Annual report on the working of the lock hospitals in the North-Western Provinces and Oudh
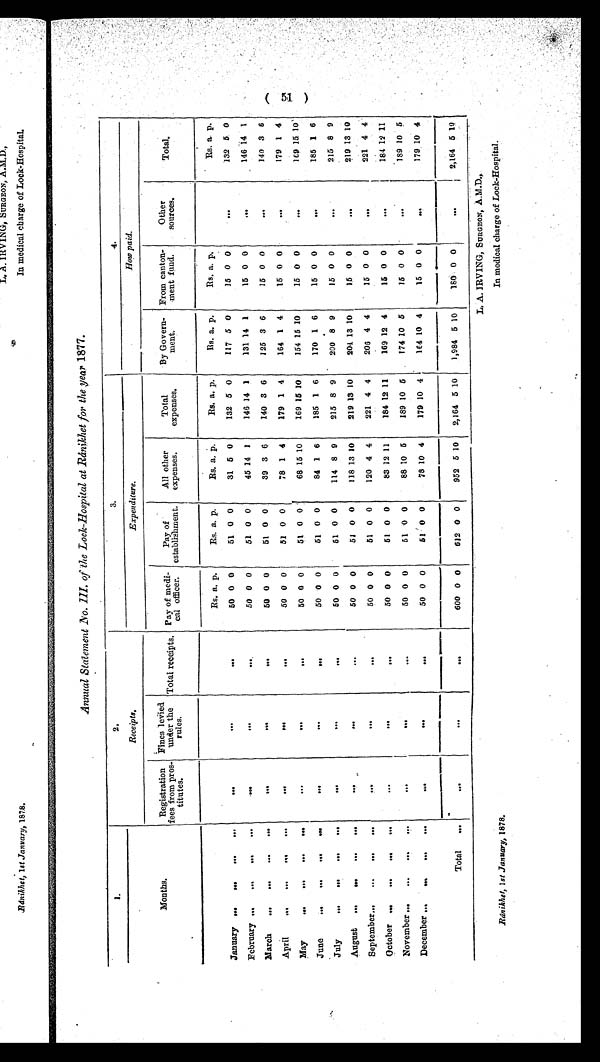
Ránikhet, 1st January, 1878.
L. A. IRVING, SURGEON, A.M.D.
In medical charge of Lock-Hospital.
Annual Statement No. III. of the Lock-Hospital at Ránikhet for the year 1877.
1.
2.
Receipts.
3.
4.
Expenditure
How paid.
Months.
Registration
fees from pros-
titutes.
Fines levied
under the
rules. Total receipts. Pay of medi-
cal officer.
Pay of
establishment.
All other
expenses.
Total
expenses.
By Govern-
ment.
From canton-
went fund.
Other
sources.
Total.
Rs. a. p.
Rs. a. p.
Rs. a. p.
Rs. a. p.
Rs. a. p.
Rs. a. p.
Rs. a. p.
January ... ... ...
. . .
. . .
. . .
. . . 50 0 0
51 0 0
31 5 0
132 5 0
117 5 0
15 0 0
. . . 132 5 0
February ... ... ... . . .
. . .
. . .
. . . 50 0 0
51 0 0
45 14 1
146 14 1
131 14 1
15 0 0
. . . 146 14 1
March ... . . .
. . .
. . .
...
...
...
50 0 0
51 0 0
39 3 6
140 3 6
125 3 6
15 0 0
. . . 140 3 6
April ... ... ...
. . .
. . .
. . .
. . . 50 0 0
51 0 0
78 1 4
179 1 4
164 1 4
15 0 0
...
179 1 4
May ... ... ...
. . .
. . .
. . . ...
50 0 0
51 0 0
68 15 10
169 15 10
154 15 10
15 0 0
. . . 169 15. 10
June
... ... ...
. . .
. . .
. . .
. . . 50 0 0
51 0 0
84 1 6
185 1 6
170 1 6
15 0 0
. . . 185 1 6
July
... ... ...
. . .
. . .
. . .
. . . 50 0 0
51 0 0
114 8 9
215 8 9
200 8 9
15 0 0
. . . 215 8 9
August ... ... ...
. . .
...
. . .
. . . 50 0 0
51 0 0
118 13 10
219 13 10
204 13 10
15 0 0
...
219 13 10
September... ... ...
. . .
. . .
. . .
. . . 50 0 0
51 0 0
120 4 4
221 4 4
206 4 4
15 0 0
. . . 221 4 4
October ... ... ...
. . .
...
. . .
. . . 50 0 0
51 0 0
83 12 11
184 12 11
169 12 4
15 0 0
. . . 184 12 11
November ... ... ...
. . .
. . . . . .
...
50 0 0
51 0 0
88 10 5
189 10 5
174 10 5
15 0 0
. . . 189 10 5
December
...
... ...
. . .
. . .
...
. . .
50 0 0
51 0 0
78 10 4
179 10 4
164 10 4
15 0 0
. . . 179 10 4
Total ...
. . .
. . .
. . . 600 0 0
612 0 0
952 5 10 2,164 5 10 1,984 5 10
180 0 0
...
2,164 5 10